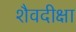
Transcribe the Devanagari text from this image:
शैवदीक्षा